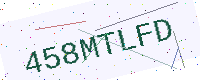
Text: 458MTLFD